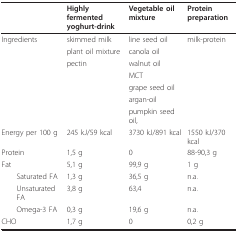
<table><thead><tr><td></td><td><b>Highly fermented yoghurt-drink</b></td><td><b>Vegetable oil mixture</b></td><td><b>Protein preparation</b></td></tr></thead><tbody><tr><td>Ingredients</td><td>skimmed milk</td><td>line seed oil</td><td>milk-protein</td></tr><tr><td></td><td>plant oil mixture</td><td>canola oil</td><td></td></tr><tr><td></td><td>pectin</td><td>walnut oil</td><td></td></tr><tr><td></td><td></td><td>MCT</td><td></td></tr><tr><td></td><td></td><td>grape seed oil</td><td></td></tr><tr><td></td><td></td><td>argan-oil</td><td></td></tr><tr><td></td><td></td><td>pumpkin seed oil,</td><td></td></tr><tr><td>Energy per 100 g</td><td>245 kJ/59 kcal</td><td>3730 kJ/891 kcal</td><td>1550 kJ/370 kcal</td></tr><tr><td>Protein</td><td>1,5 g</td><td>0</td><td>88-90,3 g</td></tr><tr><td>Fat</td><td>5,1 g</td><td>99,9 g</td><td>1 g</td></tr><tr><td> Saturated FA</td><td>1,3 g</td><td>36,5 g</td><td>n.a.</td></tr><tr><td> Unsaturated FA</td><td>3,8 g</td><td>63,4</td><td>n.a.</td></tr><tr><td> Omega-3 FA</td><td>0,3 g</td><td>19,6 g</td><td>n.a.</td></tr><tr><td>CHO</td><td>1,7 g</td><td>0</td><td>0,2 g</td></tr></tbody></table>